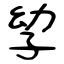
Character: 孧